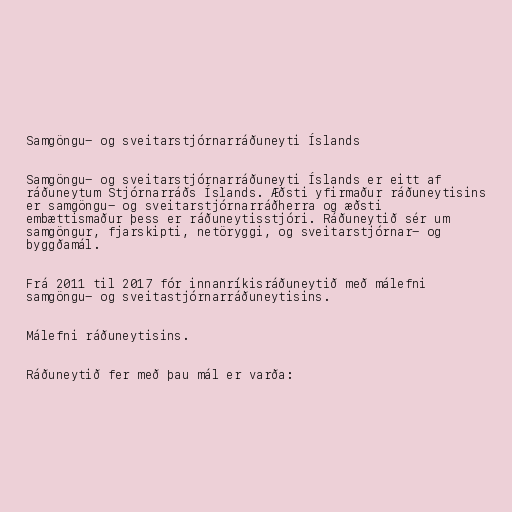
Samgöngu- og sveitarstjórnarráðuneyti Íslands

Samgöngu- og sveitar­stjórnar­ráðuneyti Íslands er eitt af
ráðuneytum Stjórnarráðs Íslands. Æðsti yfirmaður ráðuneytisins
er samgöngu- og sveitar­stjórnar­ráðherra og æðsti
embættismaður þess er ráðuneytisstjóri. Ráðuneytið sér um
samgöngur, fjarskipti, netöryggi, og sveitarstjórnar- og
byggðamál.

Frá 2011 til 2017 fór innanríkisráðuneytið með málefni
samgöngu- og sveitastjórnarráðuneytisins.

Málefni ráðuneytisins.

Ráðuneytið fer með þau mál er varða: